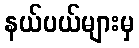
နယ်ပယ်များမှ